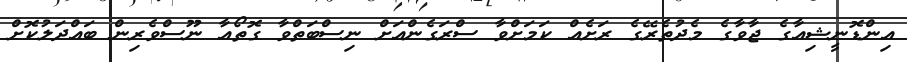
އިންޑޮނީޝިއާގެ ޖާވާގެ މެދުތެރޭގެ ރަށެއް ކަމަށްވާ ސްރަގެންއަށް ނިސްބަތްވާ ގޮތޯއާ ނޫސްވެރިން ބައްދަލުކޮށް